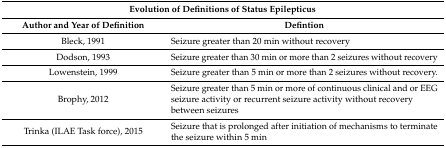
<table><thead><tr><td colspan="2"><b>Evolution of Definitions of Status Epilepticus</b></td></tr><tr><td><b>Author and Year of Definition</b></td><td><b>Defintion</b></td></tr></thead><tbody><tr><td>Bleck, 1991</td><td>Seizure greater than 20 min without recovery</td></tr><tr><td>Dodson, 1993</td><td>Seizure greater than 30 min or more than 2 seizures without recovery</td></tr><tr><td>Lowenstein, 1999</td><td>Seizure greater than 5 min or more than 2 seizures without recovery.</td></tr><tr><td>Brophy, 2012</td><td>Seizure greater than 5 min or more of continuous clinical and or EEG seizure activity or recurrent seizure activity without recovery between seizures</td></tr><tr><td>Trinka (ILAE Task force), 2015</td><td>Seizure that is prolonged after initiation of mechanisms to terminate the seizure within 5 min</td></tr></tbody></table>